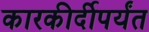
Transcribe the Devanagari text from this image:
कारकीर्दीपर्यंत